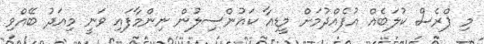
މި ޕްރެސް ކުލަބެއް އުފެއްދުމަށް މީޑިއާ ކައުންސިލުން ނިންމާފައި ވަނީ މިއަދު ބޭއްވި